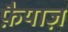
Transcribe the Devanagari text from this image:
फ़ैयाज़